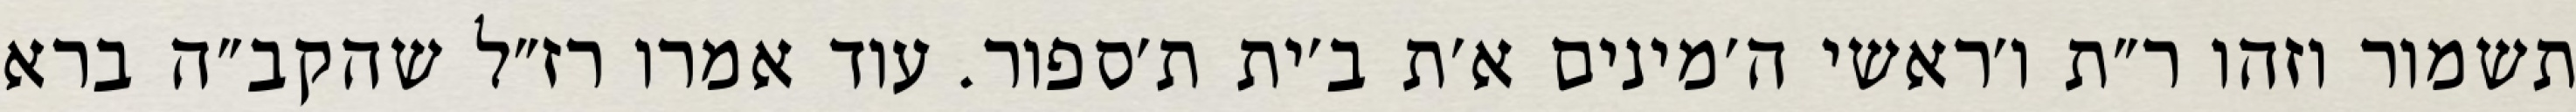
תשמור וזהו ר״ת ו׳ראשי ה׳מינים א׳ת ב׳ית ת׳ספור. עוד אמרו רז״ל שהקב״ה ברא